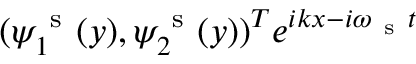
( { \psi } _ { 1 } ^ { \mathrm { ~ s ~ } } ( y ) , { \psi } _ { 2 } ^ { \mathrm { ~ s ~ } } ( y ) ) ^ { T } e ^ { i k x - i \omega _ { \mathrm { ~ s ~ } } t }